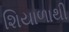
શિયાળાથી